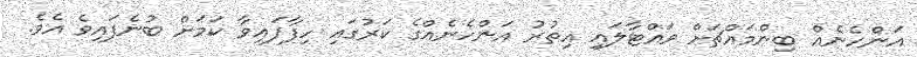
އަންހެނެއް ބިންމައްޗަށް ވައްޓާލައި އިތުރު އަންހެނެއްގެ ކަރުގައި ހިފާފައިވާ ކަމަށް ބުނެފައިވެ އެވެ.